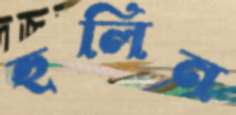
হুলিন